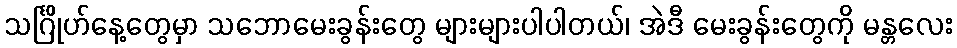
သင်္ဂြိုဟ်နေ့တွေမှာ သဘောမေးခွန်းတွေ များများပါပါတယ်၊ အဲဒီ မေးခွန်းတွေကို မန္တလေး